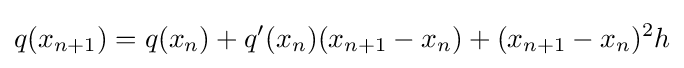
q(x_{n+1})=q(x_{n})+q'(x_{n})(x_{n+1}-x_{n})+(x_{n+1}-x_{n})^{2}h